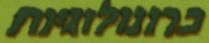
כרונולוגיות